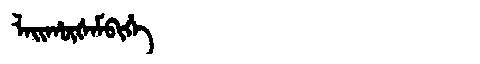
Manchu: ᠯᠠᡳᡥᡡᡧᠠᠮᠪᡳᡥᡝ
Romanization: LAIHŪŠAMBIHE